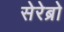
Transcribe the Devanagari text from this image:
सेरेब्रो